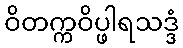
ဝိတက္ကဝိပ္ဖါရသဒ္ဒံ